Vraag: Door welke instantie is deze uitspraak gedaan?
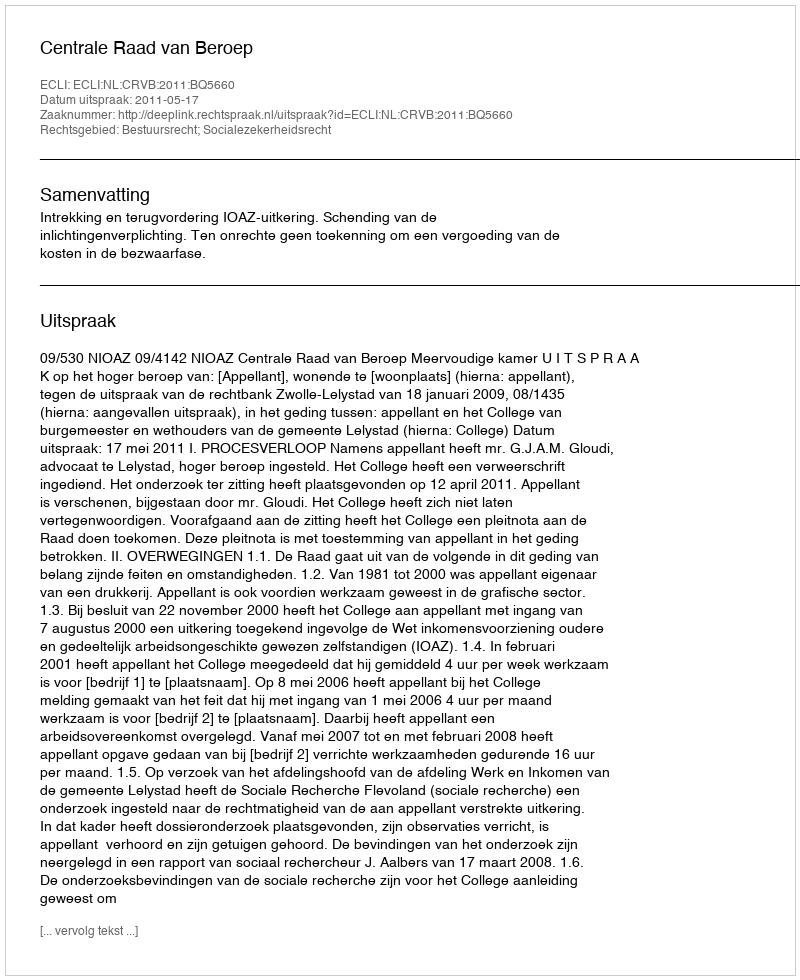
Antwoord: Centrale Raad van Beroep